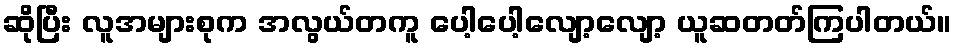
ဆိုပြီး လူအများစုက အလွယ်တကူ ပေါ့ပေါ့လျော့လျော့ ယူဆတတ်ကြပါတယ်။